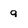
Character: g